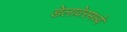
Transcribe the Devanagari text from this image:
डेलावेरमध्ये